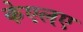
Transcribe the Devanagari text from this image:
केएलए